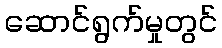
ဆောင်ရွက်မှုတွင်